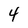
Character: 4